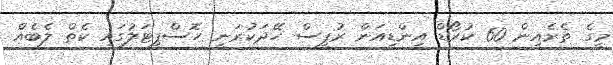
މީގެ ތެރެއިން 60 ކުރޯޑް އިންޑިއަން ރުޕީސް ހޭދަކުރަނީ ހޮސްޕިޓަލުގައި ކެތް ލެބެއް